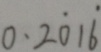
0 . 2 \dot { 0 } 1 \dot { 6 }